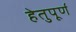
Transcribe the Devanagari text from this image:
हेतुपूर्ण